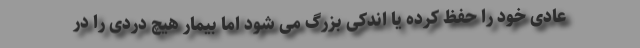
عادی خود را حفظ کرده یا اندکی بزرگ می شود اما بیمار هیچ دردی را در